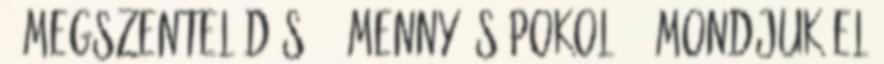
8 Megszentelődés 18 Menny és pokol 57 Mondjuk el